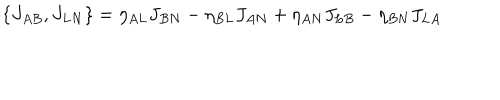
LaTeX: \{ J _ { A B } , J _ { L N } \} = \eta _ { A L } J _ { B N } - \eta _ { B L } J _ { A N } + \eta _ { A N } J _ { L B } - \eta _ { B N } J _ { L A }